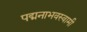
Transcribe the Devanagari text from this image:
पद्मनाभवस्वामी